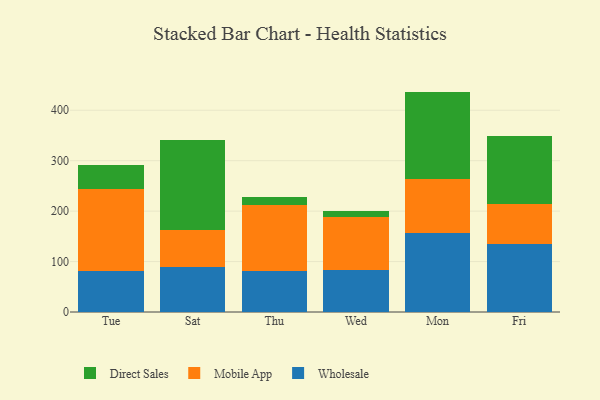
{"axis": {"x": "Day", "y": "Shipments"}, "legend": ["Direct Sales", "Mobile App", "Wholesale"], "data": [{"x": "Tue", "y": 81.9, "type": "Wholesale"}, {"x": "Tue", "y": 161.4, "type": "Mobile App"}, {"x": "Tue", "y": 48.4, "type": "Direct Sales"}, {"x": "Sat", "y": 89.1, "type": "Wholesale"}, {"x": "Sat", "y": 74.1, "type": "Mobile App"}, {"x": "Sat", "y": 178.6, "type": "Direct Sales"}, {"x": "Thu", "y": 81.5, "type": "Wholesale"}, {"x": "Thu", "y": 130.4, "type": "Mobile App"}, {"x": "Thu", "y": 16.5, "type": "Direct Sales"}, {"x": "Wed", "y": 84.0, "type": "Wholesale"}, {"x": "Wed", "y": 104.8, "type": "Mobile App"}, {"x": "Wed", "y": 11.1, "type": "Direct Sales"}, {"x": "Mon", "y": 156.4, "type": "Wholesale"}, {"x": "Mon", "y": 106.6, "type": "Mobile App"}, {"x": "Mon", "y": 174.0, "type": "Direct Sales"}, {"x": "Fri", "y": 134.9, "type": "Wholesale"}, {"x": "Fri", "y": 79.1, "type": "Mobile App"}, {"x": "Fri", "y": 134.0, "type": "Direct Sales"}]}